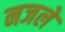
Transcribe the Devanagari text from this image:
नजले